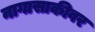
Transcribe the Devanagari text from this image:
नागासाकीवर